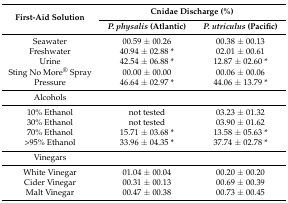
<table><thead><tr><td rowspan="2"><b>First-Aid Solution</b></td><td colspan="2"><b>Cnidae Discharge (%)</b></td></tr><tr><td><b><i>P. physalis</i> (Atlantic)</b></td><td><b><i>P. utriculus</i> (Pacific)</b></td></tr></thead><tbody><tr><td>Seawater</td><td>00.59 ± 00.26</td><td>00.38 ± 00.13</td></tr><tr><td>Freshwater</td><td>40.94 ± 02.88 *</td><td>02.01 ± 00.61</td></tr><tr><td>Urine</td><td>42.54 ± 06.88 *</td><td>12.87 ± 02.60 *</td></tr><tr><td>Sting No More<sup>®</sup> Spray</td><td>00.00 ± 00.00</td><td>00.06 ± 00.06</td></tr><tr><td>Pressure</td><td>46.64 ± 02.97 *</td><td>44.06 ± 13.79 *</td></tr><tr><td>Alcohols</td><td></td><td></td></tr><tr><td>10% Ethanol</td><td>not tested</td><td>03.23 ± 01.32</td></tr><tr><td>30% Ethanol</td><td>not tested</td><td>03.90 ± 01.62</td></tr><tr><td>70% Ethanol</td><td>15.71 ± 03.68 *</td><td>13.58 ± 05.63 *</td></tr><tr><td>&gt;95% Ethanol</td><td>33.96 ± 04.35 *</td><td>37.74 ± 02.78 *</td></tr><tr><td>Vinegars</td><td></td><td></td></tr><tr><td>White Vinegar</td><td>01.04 ± 00.04</td><td>00.20 ± 00.20</td></tr><tr><td>Cider Vinegar</td><td>00.31 ± 00.13</td><td>00.69 ± 00.39</td></tr><tr><td>Malt Vinegar</td><td>00.47 ± 00.38</td><td>00.73 ± 00.45</td></tr></tbody></table>